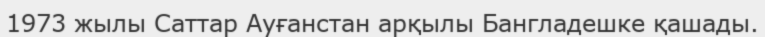
1973 жылы Саттар Ауғанстан арқылы Бангладешке қашады.